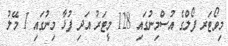
މިވޯޓަރ ފޯލްގެ އުސްމިނުގައި 128 މީޓަރު އަދި ފުޅާ މިނުގައި 1 މޭލު